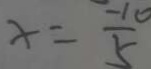
x = \frac { - 1 0 } { 5 }